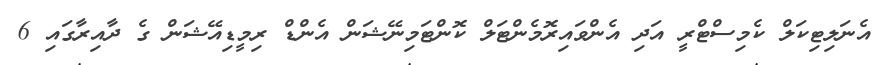
އެނަލިޓިކަލް ކެމިސްޓްރީ އަދި އެންވައިރޮމެންޓަލް ކޮންޓަމިނޭޝަން އެންޑް ރިމީޑިއޭޝަން ގެ ދާއިރާގައި 6